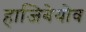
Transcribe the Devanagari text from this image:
हाजिबेयोव